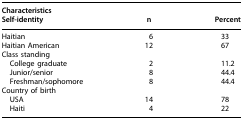
<table><thead><tr><td><b>Characteristics Self-identity</b></td><td><b>n</b></td><td><b>Percent</b></td></tr></thead><tbody><tr><td>Haitian</td><td>6</td><td>33</td></tr><tr><td>Haitian American</td><td>12</td><td>67</td></tr><tr><td colspan="3">Class standing</td></tr><tr><td> College graduate</td><td>2</td><td>11.2</td></tr><tr><td> Junior/senior</td><td>8</td><td>44.4</td></tr><tr><td> Freshman/sophomore</td><td>8</td><td>44.4</td></tr><tr><td colspan="3">Country of birth</td></tr><tr><td> USA</td><td>14</td><td>78</td></tr><tr><td> Haiti</td><td>4</td><td>22</td></tr></tbody></table>